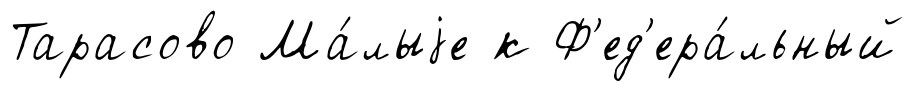
Тарасово Ма́лыjе к Ф'ед'ера́льный